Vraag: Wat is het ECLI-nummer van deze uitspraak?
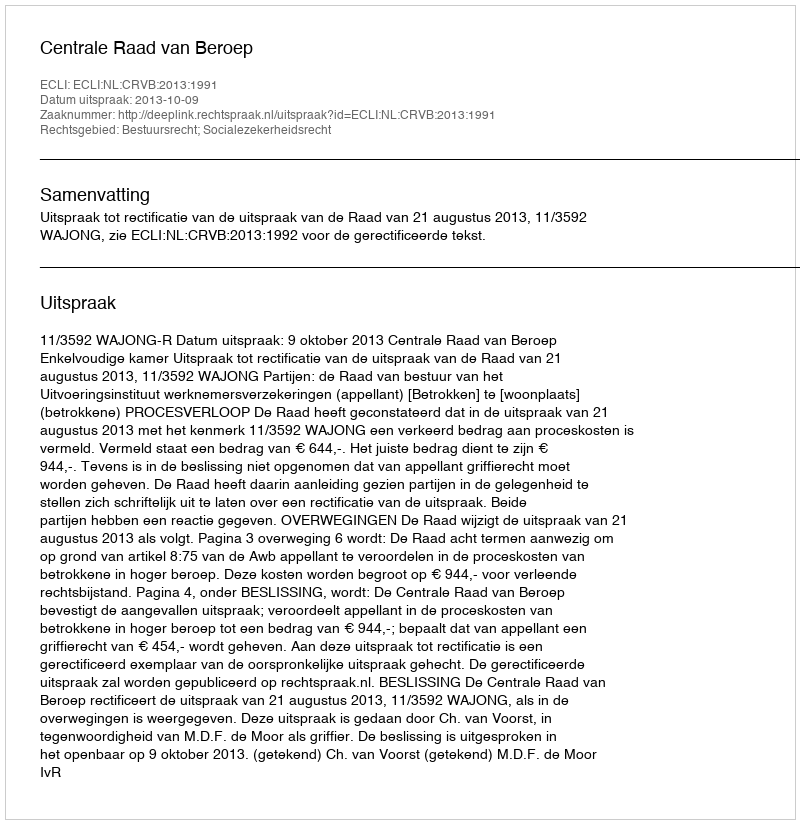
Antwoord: ECLI:NL:CRVB:2013:1991